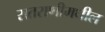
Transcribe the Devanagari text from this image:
रातराणीमधील